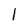
Character: l